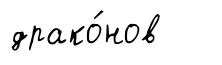
драко́нов